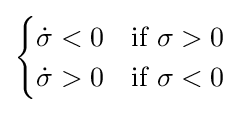
{\begin{cases}{\dot {\sigma }}<0&{\text{if }}\sigma >0\\{\dot {\sigma }}>0&{\text{if }}\sigma <0\end{cases}}